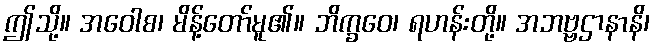
ဤသို့။ အဝေါစ၊ မိန့်တော်မူ၏။ ဘိက္ခဝေ၊ ရဟန်းတို့။ အဘဗ္ဗဌာနာနိ၊